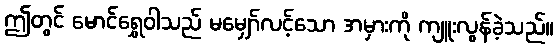
ဤတွင် မောင်ရွှေဝါသည် မမျှော်လင့်သော အမှားကို ကျူးလွန်ခဲ့သည်။